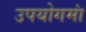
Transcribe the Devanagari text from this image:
उपयोगमां